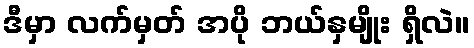
ဒီမှာ လက်မှတ် အပို ဘယ်နှမျိုး ရှိလဲ။